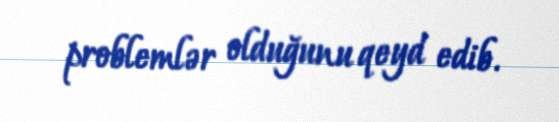
problemlər olduğunu qeyd edib.